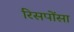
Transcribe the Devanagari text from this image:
रिसपोंसा